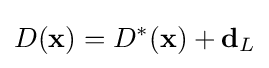
D(\mathbf {x} )=D^{*}(\mathbf {x} )+\mathbf {d} _{L}